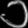
Digit: ၁